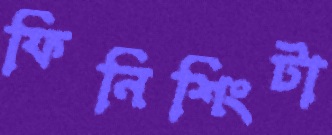
ফিনিশিংটা